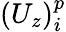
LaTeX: (U_{z})_{i}^{p}